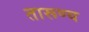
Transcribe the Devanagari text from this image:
तारूण्य